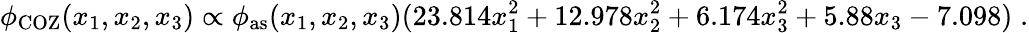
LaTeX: \phi_{\mathrm{COZ}}(x_{1},x_{2},x_{3})\propto\phi_{\mathrm{as}}(x_{1},x_{2},x_{3})(23.814x_{1}^{2}+12.978x_{2}^{2}+6.174x_{3}^{2}+5.88x_{3}-7.098)\; .